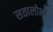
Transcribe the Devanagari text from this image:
सतालोभी